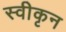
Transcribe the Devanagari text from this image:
स्वीकृन